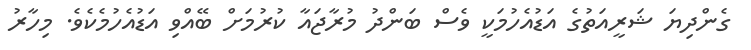
ގެންދިޔަ ޝަރީއަތުގެ އަޑުއެހުމަކީ ވެސް ބަންދު މުރާޖައާ ކުރުމަށް ބޭއްވި އަޑުއެހުމެކެވެ. މިހާރު